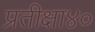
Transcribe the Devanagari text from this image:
प्रतीक्षा४०